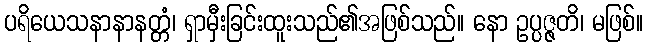
ပရိယေသနာနာနတ္တံ၊ ရှာမှီးခြင်းထူးသည်၏အဖြစ်သည်။ နော ဥပ္ပဇ္ဇတိ၊ မဖြစ်။